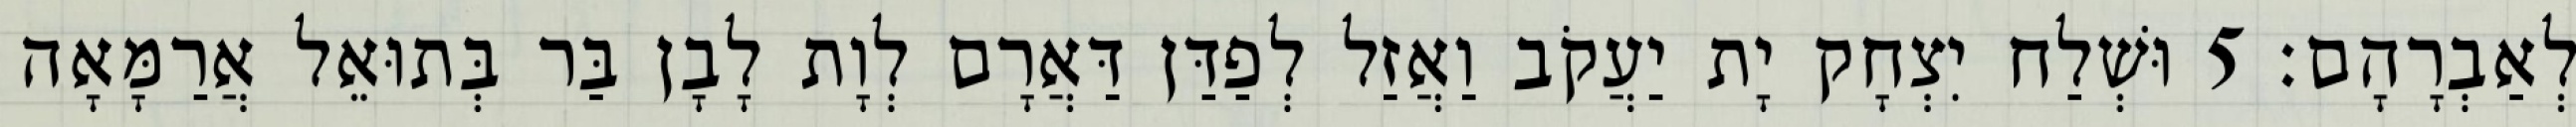
לְאַבְרָהָם׃ 5 וּשְׁלַח יִצְחָק יָת יַעֲקֹב וַאֲזַל לְפַדַּן דַּאֲרָם לְוָת לָבָן בַּר בְּתוּאֵל אֲרַמָּאָה